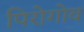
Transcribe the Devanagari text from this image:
पिरोगोव